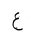
Letter: _ayn